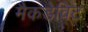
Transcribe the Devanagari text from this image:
मैकडेविट